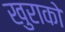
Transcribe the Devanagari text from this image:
खुराको